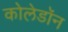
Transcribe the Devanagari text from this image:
कोलेडॉन